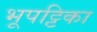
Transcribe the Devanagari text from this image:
भूपट्टिका